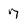
Character: 7